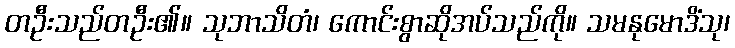
တဦးသည်တဦး၏။ သုဘာသိတံ၊ ကောင်းစွာဆိုအပ်သည်ကို။ သမနုမောဒိံသု၊